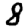
Digit: 8